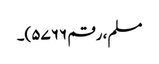
مسلم، رقم ۵۷۶۶)۔